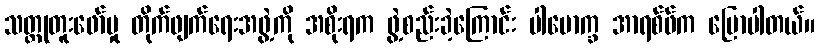
သတ္တုတူးဖော်မှု တိုက်ဖျက်ရေးအဖွဲ့ကို အစိုးရက ဖွဲ့စည်းခဲ့ကြောင်း ပါမောက္ခ အာရစ်ဖ်က ပြောပါတယ်။